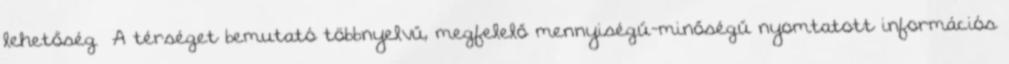
lehetőség ▪A térséget bemutató többnyelvű, megfelelő mennyiségű-minőségű nyomtatott információs